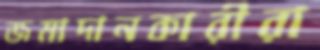
জমাদানকারীরা